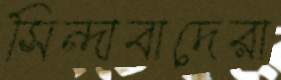
সিন্দাবাদেরা